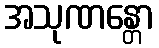
အသုဏန္တော